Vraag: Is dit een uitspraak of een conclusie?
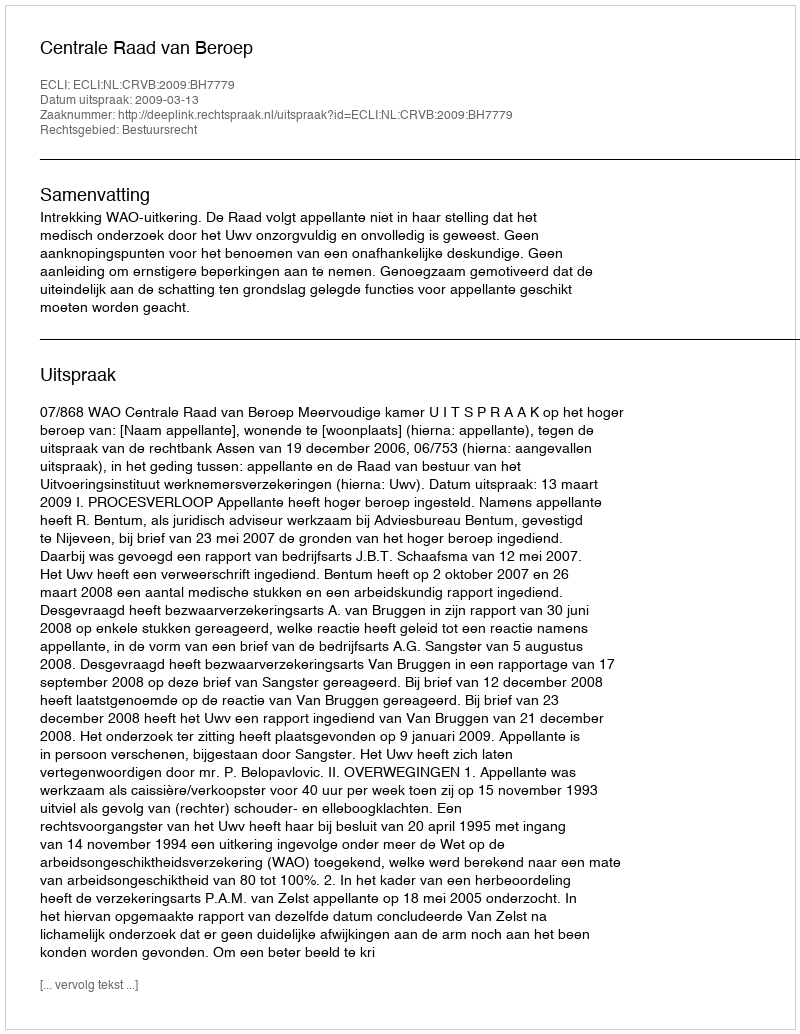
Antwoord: Uitspraak